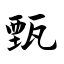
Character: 甄